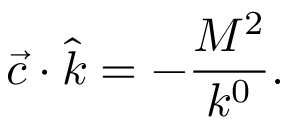
\vec { c } \cdot \hat { k } = - \frac { M ^ { 2 } } { k ^ { 0 } } .